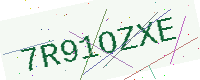
Text: 7R91OZXE